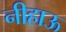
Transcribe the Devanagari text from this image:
नीहाऊ